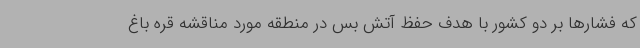
که فشارها بر دو کشور با هدف حفظ آتش بس در منطقه مورد مناقشه قره باغ